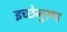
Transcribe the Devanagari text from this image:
इच्छेनुरूप